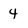
Character: 4